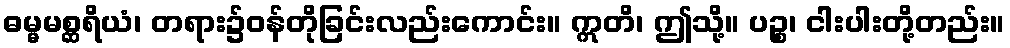
ဓမ္မမစ္ဆရိယံ၊ တရား၌ဝန်တိုခြင်းလည်းကောင်း။ ဣတိ၊ ဤသို့။ ပဉ္စ၊ ငါးပါးတို့တည်း။